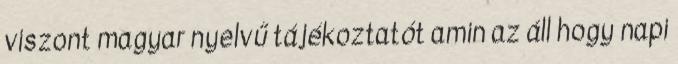
viszont magyar nyelvű tájékoztatót amin az áll hogy napi